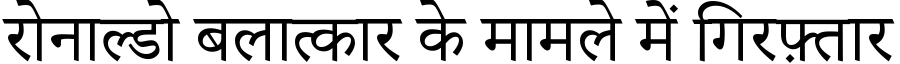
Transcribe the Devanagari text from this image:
रोनाल्डो बलात्कार के मामले में गिरफ़्तार